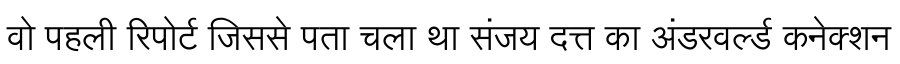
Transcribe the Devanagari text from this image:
वो पहली रिपोर्ट जिससे पता चला था संजय दत्त का अंडरवर्ल्ड कनेक्शन